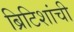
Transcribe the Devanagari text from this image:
ब्रिटिशांची